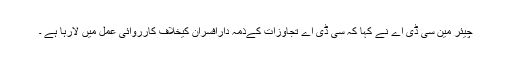
چیئر مین سی ڈی اے نے کہا کہ سی ڈی اے تجاوزات کےذمہ دارافسران کیخلاف کارروائی عمل میں لارہا ہے ۔